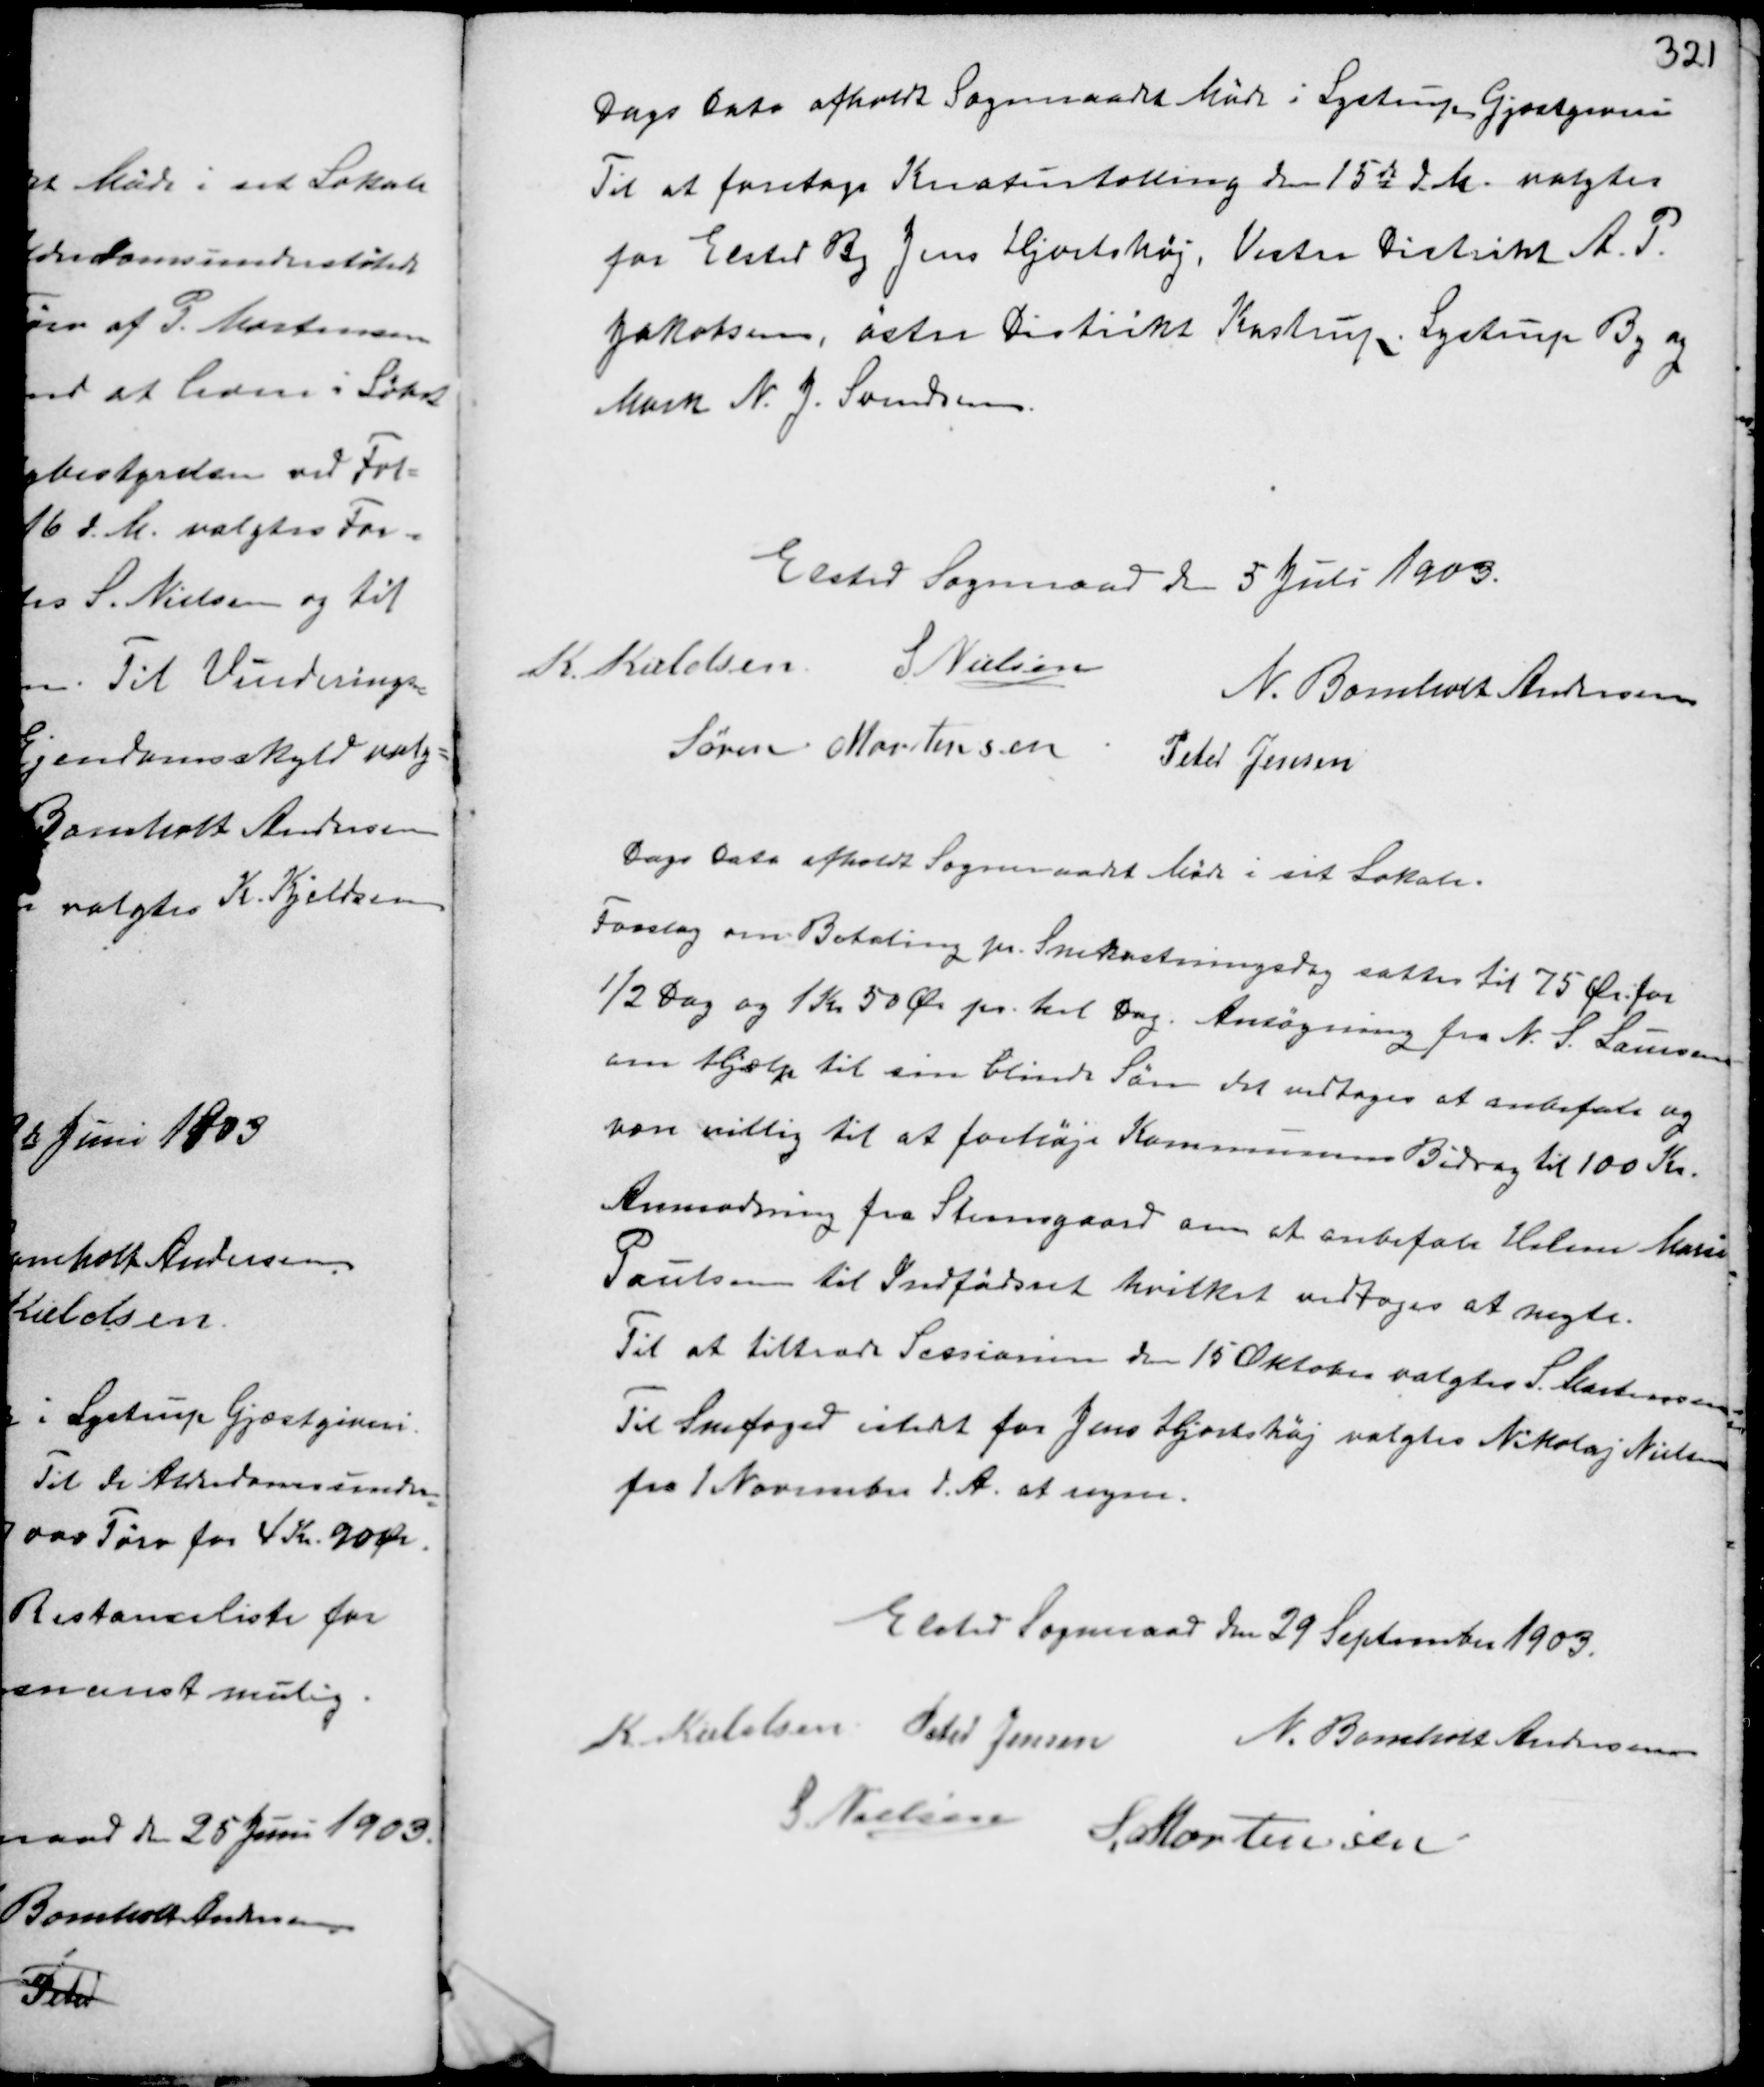
Transskription:
Dags Dato afholdt Sogneraadet Møde i Lystrup Gjæstgiveri
Til at foretage Kreaturtælling den 15de d.M. valgtes
for Elsted By Jens Hjortshøj, Vestre Distrikt A.P.
Jakobsen, østre Distrikt Kastrup, Lystrup By og
Mark N.J. Svendsen.

Elsted Sogneraad den 5 Juli 1903.
K. Kieldsen S. Nielsen
N. Bomholt Andersen
Søren Mortensen Peter Jensen

Dags Dato afholdt Sogneraadet Møde i sit Lokale.
Forslag om Betaling pr. Snekastningsdag sattes til 75 Ør. for
½ Dag og 1 Kr 50 Ør pr. hel Dag. Ansøgning fra N.S. Laursen
om Hjælp til sin blinde Søn det vedtoges at anbefale og
vare villig til at forhøje Kommunens Bidrag til 100 Kr.
Anmodning fra Steensgaard om at anbefale Helene Marie
Poulsen til Indfødsret hvilket vedtoges at nægte.
Til at tiltræde Sessionen den 15 Oktober valgtes S. Mortensen
Til Snefoged istedet for Jens Hjortshøj valgtes N. Nikolaj Nielsen
fra 1 November d.A. at regne.

Elsted Sogneraad den 29 September 1903.
K. Kieldsen Peter Jensen N. Bomholt Andersen
S. Nielsen
S. Mortensen